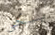
يبكي